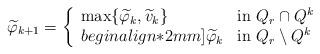
LaTeX: \begin{align*} \widetilde\varphi_{k+1}=\left\{ \begin{array}{ll}\max\{\widetilde\varphi_k,\widetilde v_k\} & \textrm{in}\,\,Q_r\cap Q^k\\begin{align*}2mm]\widetilde\varphi_k & \textrm{in}\,\,Q_r\setminus Q^k\end{array}\right.\end{align*}